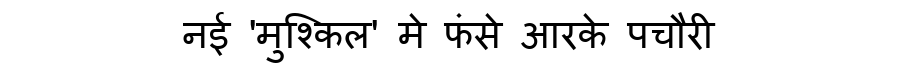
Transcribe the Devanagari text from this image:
नई 'मुश्किल' मे फंसे आरके पचौरी